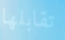
تقابلها